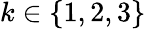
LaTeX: k\in\{ 1,2,3\}